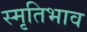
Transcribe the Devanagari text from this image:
स्मृतिभाव